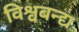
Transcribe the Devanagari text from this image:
विश्वबन्द्य